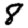
Digit: 8